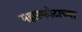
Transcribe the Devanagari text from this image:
महास्फोटाच्या